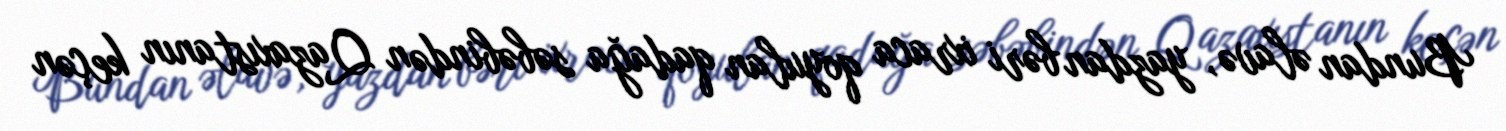
Bundan əlavə, yazdan bəri ixraca qoyulan qadağa səbəbindən Qazaxıstanın keçən